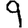
Digit: 9